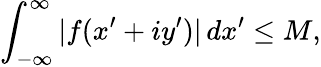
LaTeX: \int_{-\infty}^{\infty}|f(x^{\prime}+iy^{\prime})|\, dx^{\prime}\leq M,